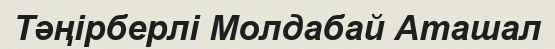
Тәңірберлі Молдабай Аташал